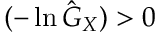
( - \ln { \hat { G } } _ { X } ) > 0